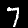
Digit: 7